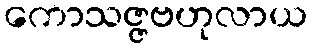
ကောသဇ္ဇဗဟုလာယ